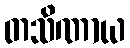
တသိဏာယ